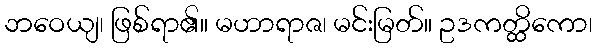
ဘဝေယျ၊ ဖြစ်ရာ၏။ မဟာရာဇ၊ မင်းမြတ်။ ဥဒကတ္ထိကော၊